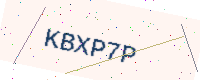
Text: KBXP7P